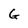
Character: G